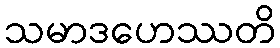
သမာဒဟေဿတိ